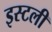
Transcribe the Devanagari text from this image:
इस्टली